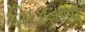
કોઇલના